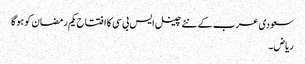
سعودی عرب کے نئے چینل ایس بی سی کا افتتاح یکم رمضان کو ہوگا
ریاض۔